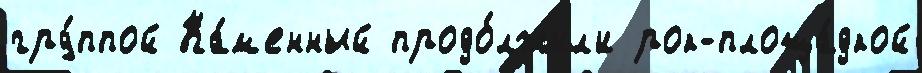
гру́ппой Ка́м'енный продо́лжил'и рок-площа́дкой